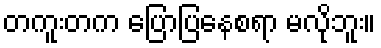
တကူးတက ပြောပြနေစရာ မလိုဘူး။